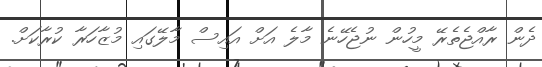
ދެން ރާއްޖެތެރޭ މީހުން ނުޖެހޭނެ މާލެ އަށް އައިސް މާލޭގައި މުޒާހަރާ ކުރާކަށް.